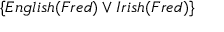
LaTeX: \{ E n g l i s h ( F r e d ) \vee I r i s h ( F r e d ) \}